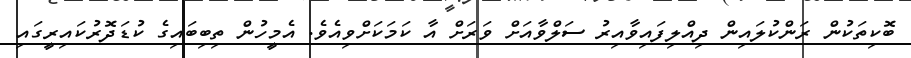
ބޮކިތަކުން ރަންކުލައިން ދިއްލިފައިވާއިރު ސަލްވާއަށް ވަރަށް އާ ކަމަކަށްވިއެވެ. އެމީހުން ތިބިބައިގެ ކުޑަދޮރުކައިރީގައި